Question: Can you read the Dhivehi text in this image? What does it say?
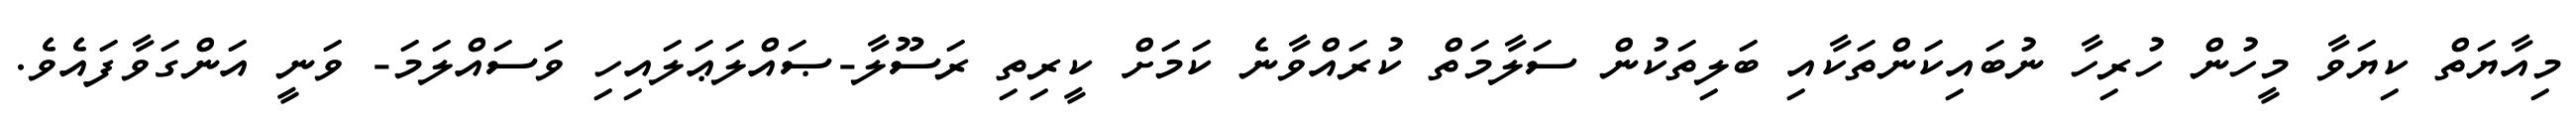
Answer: މިއާޔަތް ކިޔަވާ މީހުން ހުރިހާ ނުބައިކަންތަކާއި ބަލިތަކުން ސަލާމަތް ކުރައްވާނެ ކަމަށް ކީރިތި ރަސޫލާ-ޞައްލަޢަލައިހި ވަސައްލަމަ- ވަނީ އަންގަވާފައެވެ.